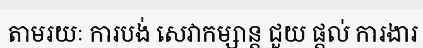
តាមរយៈ ការបង់ សេវាកម្សាន្ត ជួយ ផ្តល់ ការងារ